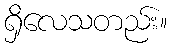
ရှိလေသတည်း။